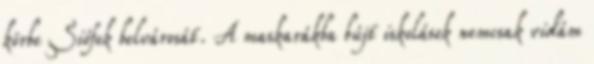
körbe Siófok belvárosát. A maskarákba bújt iskolások nemcsak vidám